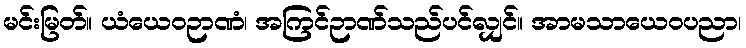
မင်းမြတ်။ ယံယေဝဉာဏံ၊ အကြင်ဉာဏ်သည်ပင်လျှင်။ အာမသာယေဝပညာ၊